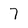
Character: 7